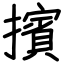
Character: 擯